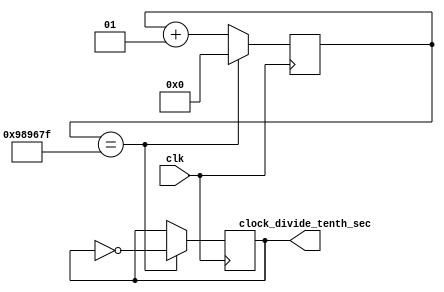
`timescale 1ns / 1ps
//////////////////////////////////////////////////////////////////////////////////
// Company: 
// Engineer: 
// 
// Design Name: 
// Module Name: tenth_sec_clk
// Project Name: 
// Target Devices: 
// Tool Versions: 
// Description: 
// 
// Dependencies: 
// 
// Revision:
// Revision 0.01 - File Created
// Additional Comments:
// 
//////////////////////////////////////////////////////////////////////////////////


module tenth_sec_clk(
    input wire clk,  // 100MHz
    output  clock_divide_tenth_sec// 101Hz
);

localparam div_val = 9999999; 
integer counter = 0;
reg hold=0;
assign clock_divide_tenth_sec =hold;
always @ (posedge clk)
    begin
        if (counter == div_val) begin
            counter = 0; //resets counter
            hold= !hold;
         end
        else begin
            counter = counter + 1; //iterates clock
        end    
    end     
endmodule